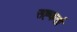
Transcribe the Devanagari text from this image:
सह्कर्ता